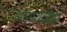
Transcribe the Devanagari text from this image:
आण्याच्या